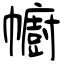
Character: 幮